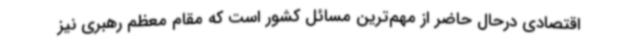
اقتصادی درحال حاضر از مهم‌ترین مسائل کشور است که مقام معظم رهبری نیز